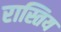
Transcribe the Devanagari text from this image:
रास्तिय